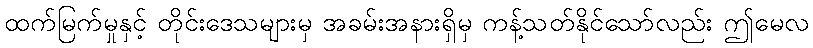
ထက်မြက်မှုနှင့် တိုင်းဒေသများမှ အခမ်းအနားရှိမှ ကန့်သတ်နိုင်သော်လည်း ဤမေလ